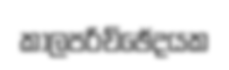
කාලපරිච්ඡේදයක